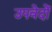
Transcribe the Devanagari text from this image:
उपवेदाें